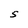
Character: S